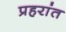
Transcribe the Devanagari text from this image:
प्रहरांत